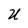
Character: U